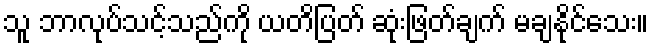
သူ ဘာလုပ်သင့်သည်ကို ယတိပြတ် ဆုံးဖြတ်ချက် မချနိုင်သေး။